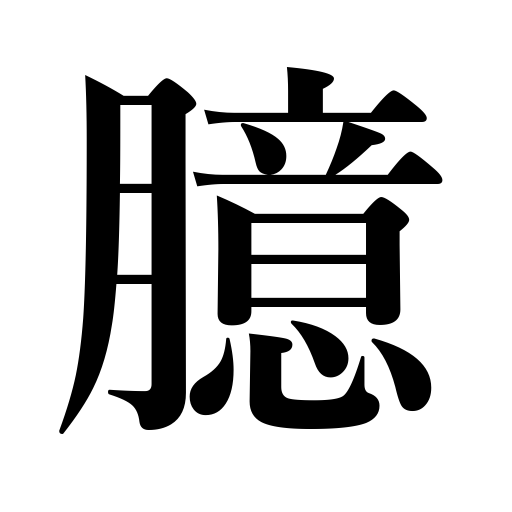
Meanings: heart,breast,timidity,mind